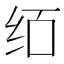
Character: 𰬄